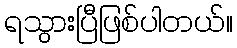
ရသွားပြီဖြစ်ပါတယ်။